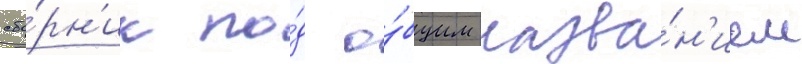
сбо́рн'ик по́д о́бщим назва́н'ием